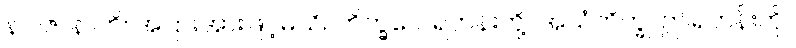
န ပဇာနာတိ၊ အပြားအားဖြင့်မသိ။ ဘိက္ခဝေ၊ ရဟန်းတို့။ အယံဘိက္ခု၊ ဤရဟန်းကို။